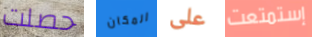
حصلت المكان على إستمتعت